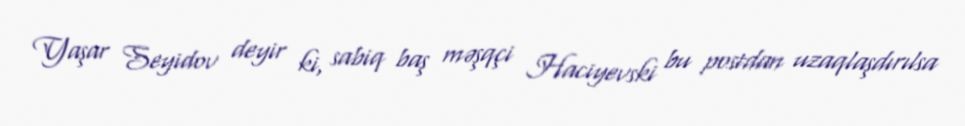
Yaşar Seyidov deyir ki, sabiq baş məşqçi Haciyevski bu postdan uzaqlaşdırılsa